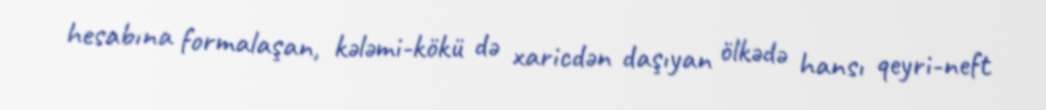
hesabına formalaşan, kələmi-kökü də xaricdən daşıyan ölkədə hansı qeyri-neft